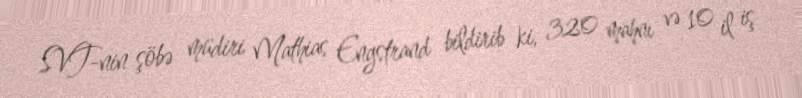
SVT-nin şöbə müdiri Mathias Engstrand bildirib ki, 320 mahnı və 10 il iş